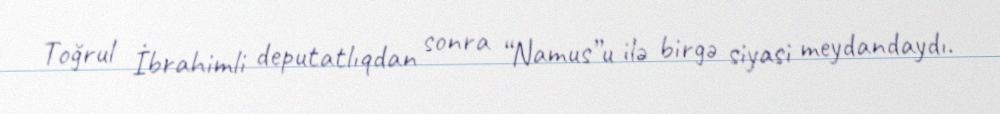
Toğrul İbrahimli deputatlıqdan sonra “Namus”u ilə birgə siyasi meydandaydı.